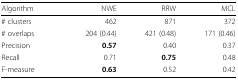
| Algorithm | NWE | RRW | MCL |
 | --- | --- | --- | --- |
 | # clusters | 462 | 871 | 372 |
 | # overlaps | 204 (0.44) | 421 (0.48) | 171 (0.46) |
 | Precision | 0.57 | 0.40 | 0.37 |
 | Recall | 0.71 | 0.75 | 0.48 |
 | F-measure | 0.63 | 0.52 | 0.42 |